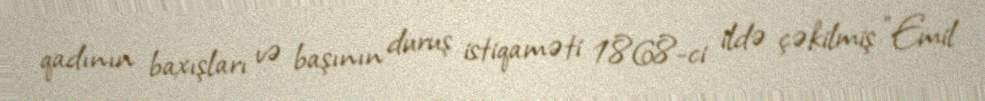
qadının baxışları və başının duruş istiqaməti 1868-ci ildə çəkilmiş "Emil